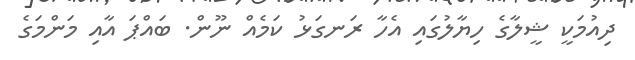
ދިއުމަކީ ޝީލާގެ ހިޔާލުގައި އެހާ ރަނގަޅު ކަމެއް ނޫން. ބައްޕަ އާއި މަންމަގެ